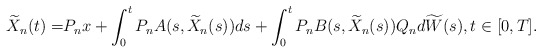
\begin{align*} \widetilde{X}_n(t)=& P_n x + \int_0^t P_n A(s,\widetilde{X}_n(s)) ds +\int_0^t P_n B(s,\widetilde{X}_n(s))Q_n d\widetilde{W}(s), t\in[0,T] .\end{align*}